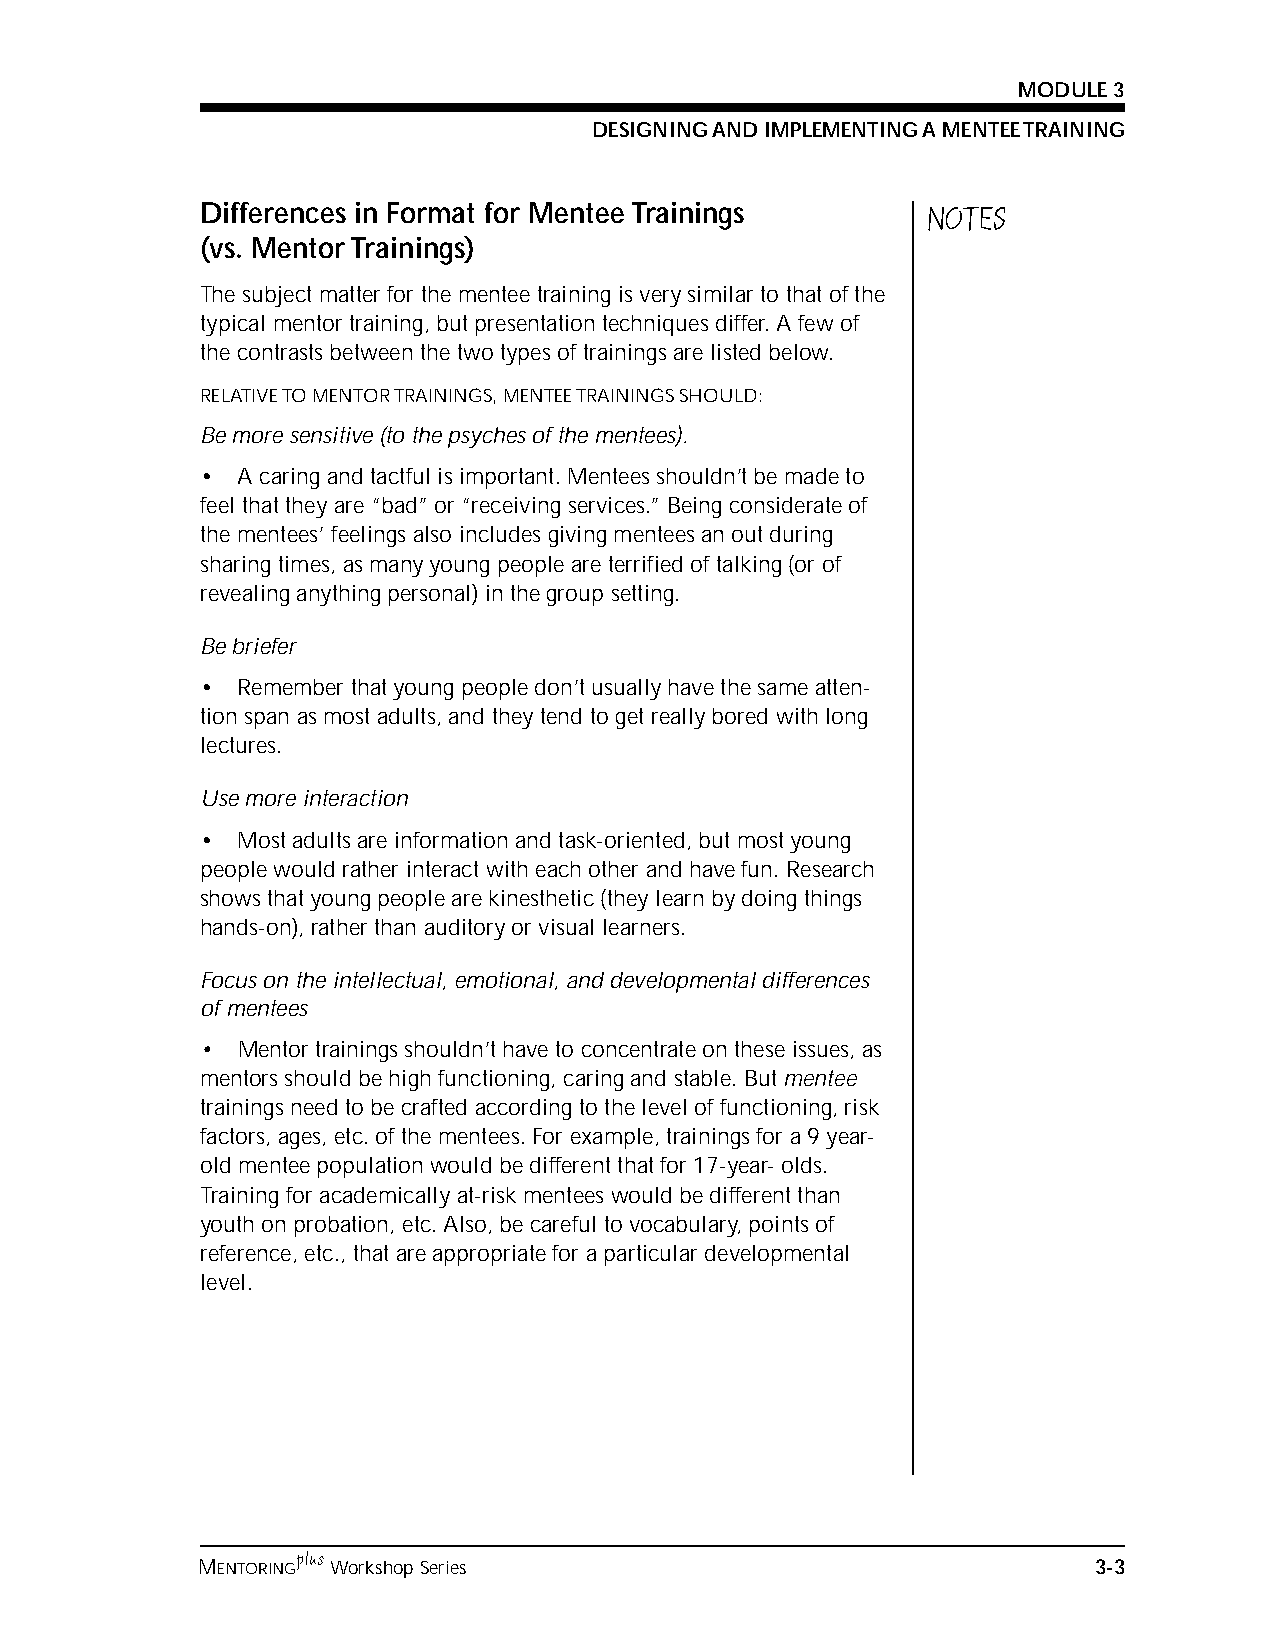
MODULE 3
 DESIGNING AND IMPLEMENTING A MENTEE TRAINING
 Differences in Format for Mentee Trainings      NOTES
 (vs. Mentor Trainings)
 The subject matter for the mentee training is very similar to that of the
 typical mentor training, but presentation techniques differ. A few of
 the contrasts between the two types of trainings are listed below.
 RELATIVE TO MENTOR TRAININGS, MENTEE TRAININGS SHOULD:
 Be more sensitive (to the psyches of the mentees).
 •  A caring and tactful is important. Mentees shouldn’t be made to
 feel that they are “bad” or “receiving services.” Being considerate of
 the mentees’ feelings also includes giving mentees an out during
 sharing times, as many young people are terrified of talking (or of
 revealing anything personal) in the group setting.
 Be briefer
 •  Remember that young people don’t usually have the same atten-
 tion span as most adults, and they tend to get really bored with long
 lectures.
 Use more interaction
 •  Most adults are information and task-oriented, but most young
 people would rather interact with each other and have fun. Research
 shows that young people are kinesthetic (they learn by doing things
 hands-on), rather than auditory or visual learners.
 Focus on the intellectual, emotional, and developmental differences
 of mentees
 •  Mentor trainings shouldn’t have to concentrate on these issues, as
 mentors should be high functioning, caring and stable. But mentee
 trainings need to be crafted according to the level of functioning, risk
 factors, ages, etc. of the mentees. For example, trainings for a 9 year-
 old mentee population would be different that for 17-year- olds.
 Training for academically at-risk mentees would be different than
 youth on probation, etc. Also, be careful to vocabulary, points of
 reference, etc., that are appropriate for a particular developmental
 level.
 plus
 MENTORING Workshop Series                                  3-3